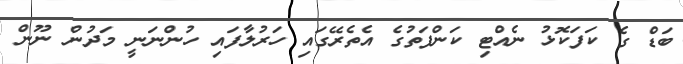
ބަޑް ގެ ކަފަކޮޅު ނެއްޓި ކަންފަތުގެ އެތެރޭގައި ހަރުލާފައި ހުންނަނީ މަދުން ނޫން